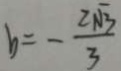
b = - \frac { 2 \sqrt { 3 } } { 3 }